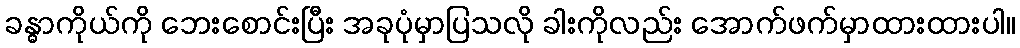
ခန္ဓာကိုယ်ကို ဘေးစောင်းပြီး အခုပုံမှာပြသလို ခါးကိုလည်း အောက်ဖက်မှာထားထားပါ။